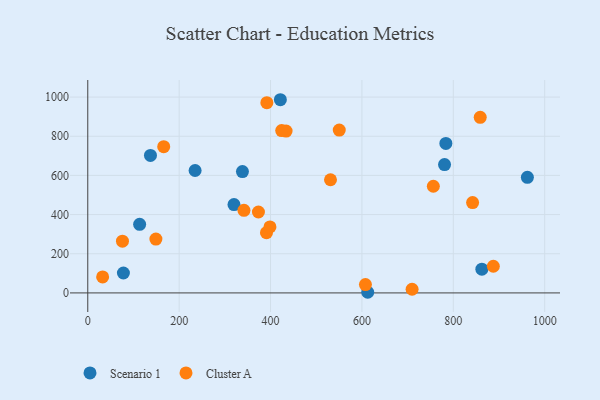
{"axis": {"x": "Distance", "y": "Yield"}, "legend": ["Cluster A", "Scenario 1"], "data": [{"x": "113.5", "y": 350.4, "type": "Scenario 1"}, {"x": "234.9", "y": 625.1, "type": "Scenario 1"}, {"x": "137.2", "y": 702.1, "type": "Scenario 1"}, {"x": "612.7", "y": 3.3, "type": "Scenario 1"}, {"x": "780.8", "y": 655.4, "type": "Scenario 1"}, {"x": "862.5", "y": 121.3, "type": "Scenario 1"}, {"x": "421.5", "y": 986.5, "type": "Scenario 1"}, {"x": "320.0", "y": 451.0, "type": "Scenario 1"}, {"x": "78.0", "y": 101.6, "type": "Scenario 1"}, {"x": "338.5", "y": 619.5, "type": "Scenario 1"}, {"x": "783.7", "y": 763.3, "type": "Scenario 1"}, {"x": "962.1", "y": 590.2, "type": "Scenario 1"}, {"x": "531.2", "y": 578.0, "type": "Cluster A"}, {"x": "75.9", "y": 264.3, "type": "Cluster A"}, {"x": "607.7", "y": 42.7, "type": "Cluster A"}, {"x": "373.5", "y": 413.1, "type": "Cluster A"}, {"x": "709.8", "y": 18.7, "type": "Cluster A"}, {"x": "32.5", "y": 81.8, "type": "Cluster A"}, {"x": "391.1", "y": 307.7, "type": "Cluster A"}, {"x": "398.7", "y": 336.8, "type": "Cluster A"}, {"x": "550.4", "y": 831.7, "type": "Cluster A"}, {"x": "434.0", "y": 826.6, "type": "Cluster A"}, {"x": "424.4", "y": 829.1, "type": "Cluster A"}, {"x": "166.2", "y": 746.8, "type": "Cluster A"}, {"x": "149.1", "y": 275.2, "type": "Cluster A"}, {"x": "756.3", "y": 544.7, "type": "Cluster A"}, {"x": "391.9", "y": 971.2, "type": "Cluster A"}, {"x": "858.9", "y": 896.4, "type": "Cluster A"}, {"x": "887.6", "y": 136.3, "type": "Cluster A"}, {"x": "842.2", "y": 461.5, "type": "Cluster A"}, {"x": "341.8", "y": 421.5, "type": "Cluster A"}]}